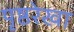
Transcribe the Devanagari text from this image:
पृष्ठरेखा